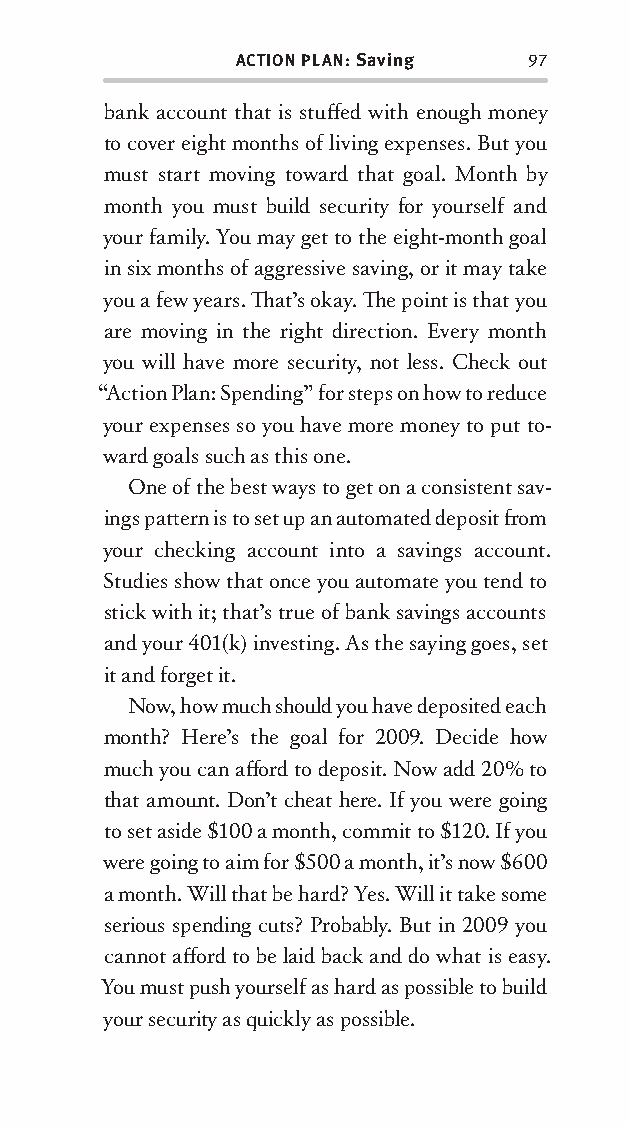
ACTION PLAN: Saving 97
 bank account that is stuff ed with enough money
 to cover eight months of living expenses. But you
 must start moving toward that goal. Month by
 month you must build security for yourself and
 your family. You may get to the eight-month goal
 in six months of aggressive saving, or it may take
 you a few years. Th at’s okay. Th e point is that you
 are moving in the right direction. Every month
 you will have more security , not less. Check out
 “Action Plan: Spending” for steps on how to reduce
 your expenses so you have more money to put to-
 ward goals such as this one.
 One of the best ways to get on a consistent sav-
 ings patt ern is to set up an automated deposit fr om
 your checking account into a savings account.
 Studies show that once you automate you tend to
 stick with it; that’s true of bank savings accounts
 and your 401(k) investing. As the saying goes, set
 it and forget it.
 Now, how much should you have deposited each
 month? Here’s the goal for 2009. Decide how
 much you can aff ord to deposit. Now add 20% to
 that amount. Don’t cheat here. If you were going
 to set aside $100 a month, commit to $120. If you
 were going to aim for $500 a month, it’s now $600
 a month. Will that be hard? Yes. Will it take some
 serious spending cuts? Probably. But in 2009 you
 cannot aff ord to be laid back and do what is easy.
 You must push yourself as hard as possible to build
 your security as quickly as possible.
 OOrrmmaa__99778800338855553300993344__44pp__aallll__rr11..iinndddd 9977 1122//33//0088 99::3311::1177 AAMM